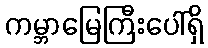
ကမ္ဘာမြေကြီးပေါ်ရှိ